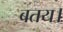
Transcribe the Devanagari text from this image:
बतय।